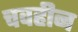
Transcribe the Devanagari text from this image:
चवहीन